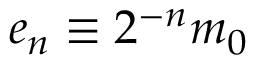
e _ { n } \equiv 2 ^ { - n } m _ { 0 }